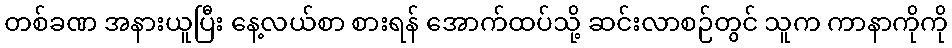
တစ်ခဏ အနားယူပြီး နေ့လယ်စာ စားရန် အောက်ထပ်သို့ ဆင်းလာစဉ်တွင် သူက ကာနာကိုကို